Lunatic asylums United Provinces 1909-1921 - 1909-1921
Year: 1909
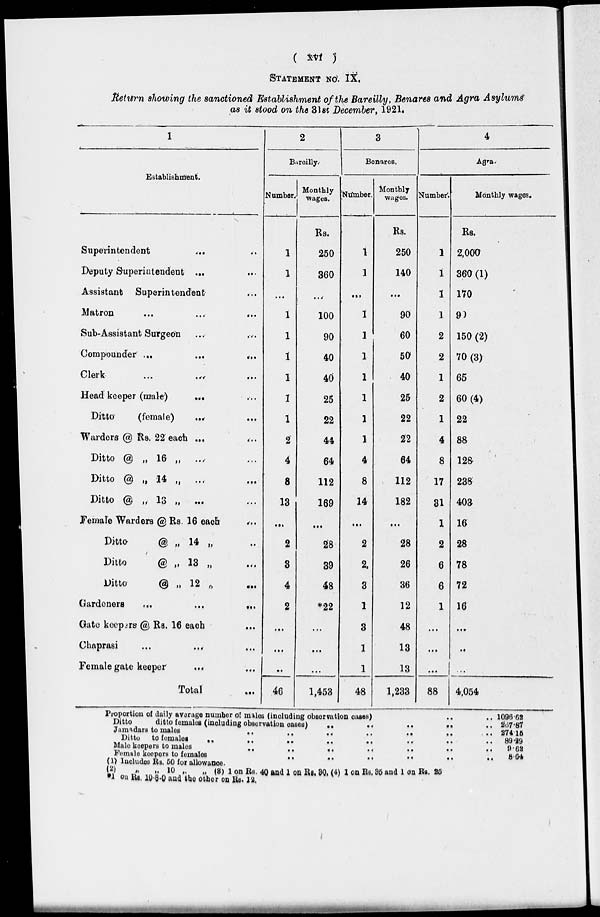
( xvi )
STATEMENT NO. IX.
Return showing the sanctioned Establishment of the Bareilly, Benares and Agra Asylums
as it stood on the 31st December, 1921.
1
Establishment.
Superintendent ... ...
Deputy Superintendent ... ...
Assistant Superintendent ...
Matron ... ... ...
Sub-Assistant Surgeon ... ...
Compounder ...
... ...
Clerk ... ... ...
Head keeper (male)
... ...
Ditto
(female) ... ...
Warders @ Rs. 22 each ... ...
Ditto @ „ 16 „ ... ...
Ditto @ „ 14 „ ... ...
Ditto @ „ 13 „ ... ...
Female Warders @ Rs. 16 each ...
Ditto
@ „ 14 „ ..
Ditto
@ „ 13 „ ...
Ditto
@ „ 12 „ ...
Gardeners ... ... ...
Gate keepers @ Rs. 16 each ...
Chaprasi ... ... ...
Female gate keeper ... ...
Total ...
2
Bureilly.
Number.
1
1
...
1
1
1
1
1
1
2
4
8
13
...
2
3
4
2
...
...
..
46
Monthly
wages.
Rs.
250
360
...
100
90
40
40
25
22
44
64
112
169
...
28
39
48
*22
...
...
...
1,453
3
Benares.
Number.
1
1
...
1
1
...
...
...
...
...
4
8
14
...
2
2
3
1
3
1
1
48
Monthly
wages.
Rs.
250
140
...
90
60
50
40
25
22
22
64
112
182
...
28
26
36
12
48
13
13
1,233
4
Agra
Number.
1
1
1
1
2
2
1
2
1
4
8
17
31
1
2
6
6
1
...
...
...
88
Monthly wages.
Rs.
2,000
360 (1)
170
90
150 (2)
70(3)
65
60 (4)
22
88
128
238
403
16
28
78
72
16
...
..
...
4,054
Proportion of daily average number of males (including observation cases) .. ..
Ditto
ditto females (including observation cases) ..
..
..
..
Jamadars to males
..
..
..
..
..
..
Ditto to
females
..
..
..
..
..
..
..
Male keepers to males
..
..
..
..
.. .. ..
Female keepers to females
.. .. .. .. .. ..
1096.62
267.87
274.15
89.29
9.62
8.64
(1) Includes Rs. 50 for allowance.
(2) „ „ 10 „ „ (3) 1 on Rs. 40 and 1 on Rs. 30. (4) 1 on Rs. 95 and 1 on Rs. 25
*1 on Rs. 10-8-0 and the other on Rs. 12.